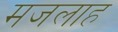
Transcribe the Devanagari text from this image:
मजलाह